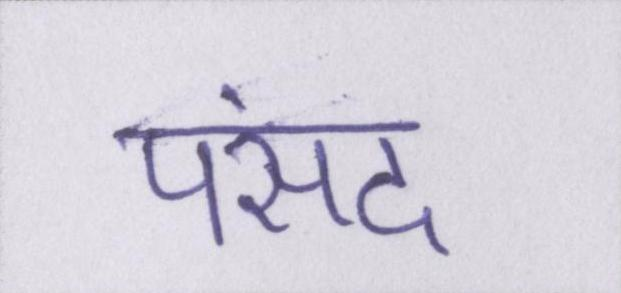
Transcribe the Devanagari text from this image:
पसंद